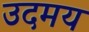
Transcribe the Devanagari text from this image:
उदमय